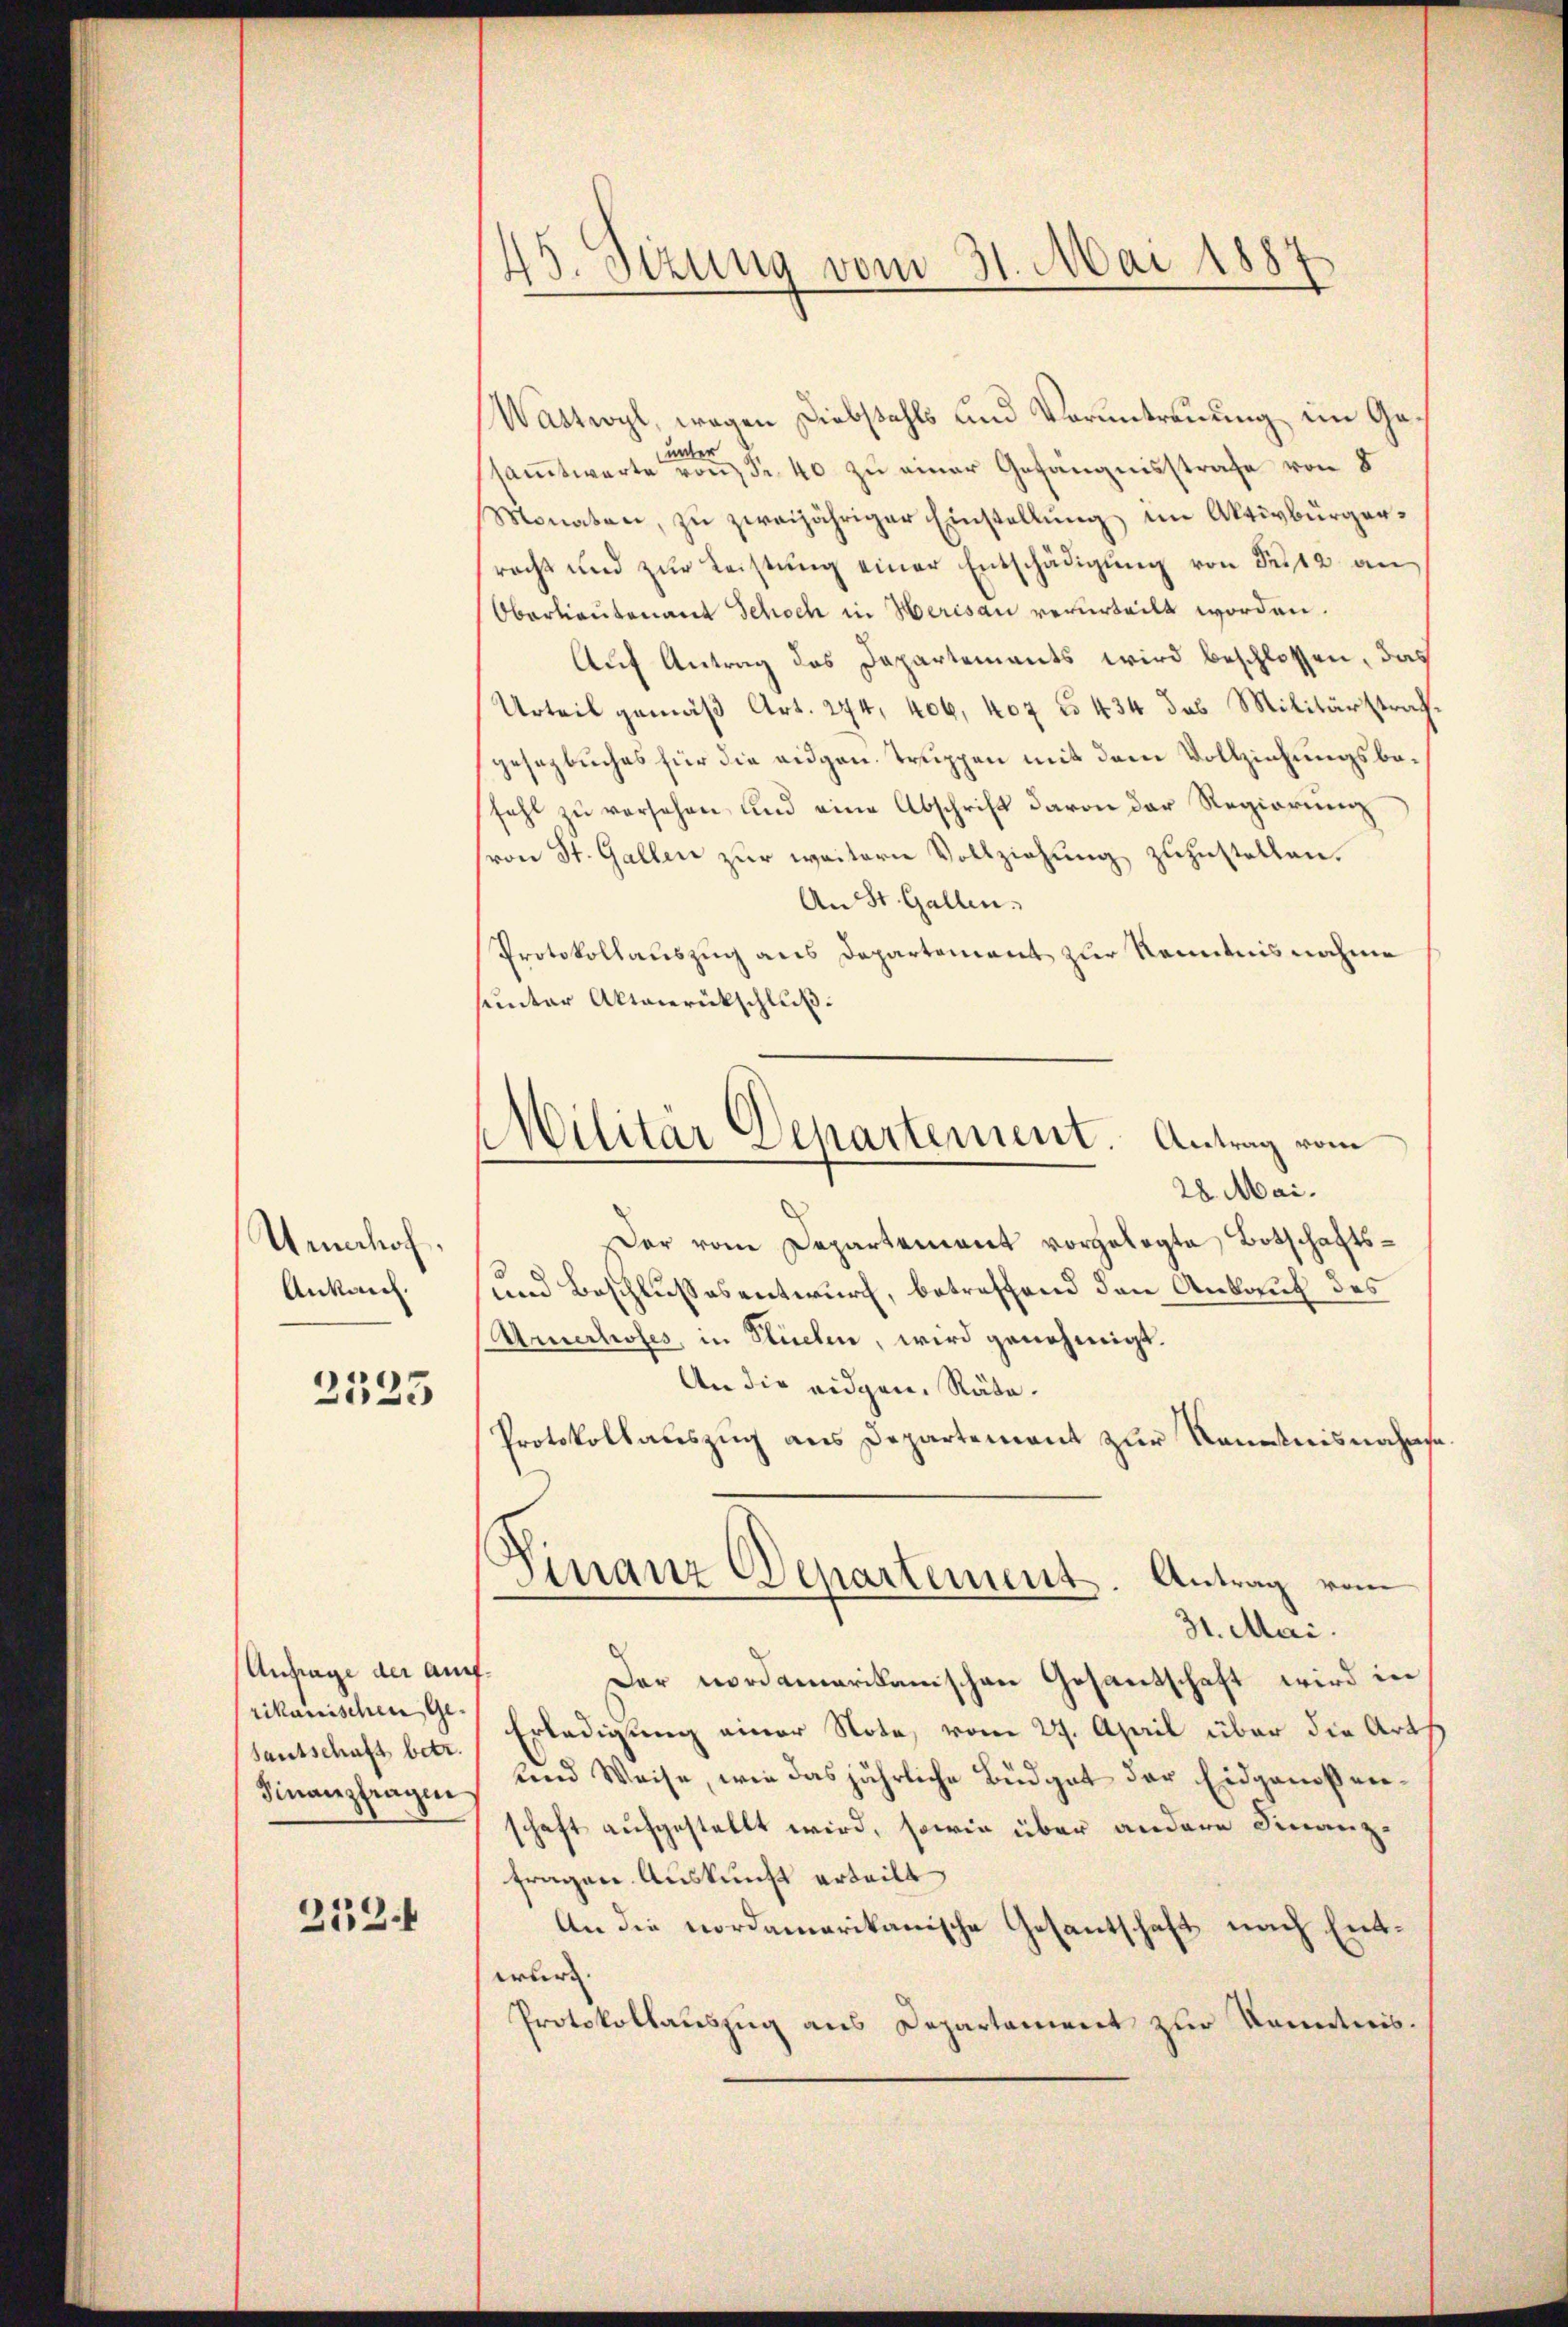
Uenhof.
Ankauf.

2523

Anfrage der auf.
rikanischen Gesantschaft betr.
Finanzfragen

252.

45. Sizung vom 31. Mai 1887

Militär Departement. Antrag vom

Wattwyl, wegen Diebstahls und Voruntreuung im Geunter
saṁtwerte von Fr. 40 zu einer Gefängnisstrafe von 8
Monaten, zu zweijähriger Einstellung im Aktivbürgerracht und zŭr Leistŭng einer Entschädigŭng von Se. 12 an
Oberlieutenant Schoch in Herisau verurteilt worden.
Auf Antrag des Dapartements wird beschlossen, das
Urteil gemäβ Art. 274. 406, 407 u. 434 das Militärstraf.
gesezbuches für die augen Truppen mit dem Vollziehungsbefahl zu versehen, und eine Abschrift davon der Regierung
von St. Gallen zur weitern Vollziehung zuzustellen.
An St. Gallen.
Protokollauszug aus Departement zur Kenntnisnahme
sunter Aktenrückschluß.
28 Mai.
Der vom Departement vorgelegte Botschafts¬
und Beschlussesentwurf, betreffend den Ankauf des
Amchoses, in Stücken, wird genehmigt.
An die eidgen. Räte.
Protokollauszug aus Departement zur Kenntnisnahms
Finanz Departement. Antrag vom
31. Mai.
Der Rodamerikanischen Gesandschaft wird in
Erledigung einer Nota, vom 27. April über die Art
und Weise, wie das jährliche Büdget der Eidgenoßenschaft aufgestellt wird, sowie über andere Finanzfragen Auskunft erteilt
An die nordamerikanische Gesantschaft nach Entwäre.
Protokollauszug aus Departament zur Kenntnis.